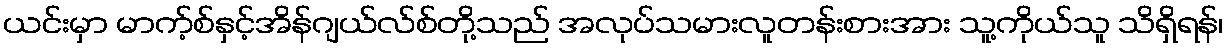
ယင်းမှာ မာက့်စ်နှင့်အိန်ဂျယ်လ်စ်တို့သည် အလုပ်သမားလူတန်းစားအား သူ့ကိုယ်သူ သိရှိရန်၊